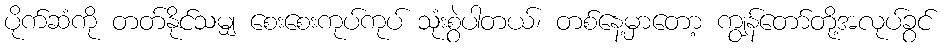
ပိုက်ဆံကို တတ်နိုင်သမျှ စေးစေးကုပ်ကုပ် သုံးစွဲပါတယ်၊ တစ်နေ့မှာတော့ ကျွန်တော်တို့အလုပ်ခွင်